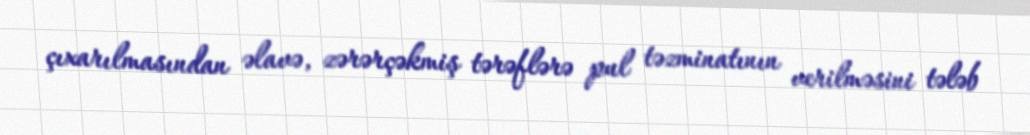
çıxarılmasından əlavə, zərərçəkmiş tərəflərə pul təzminatının verilməsini tələb